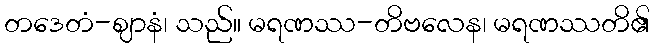
တဒေတံ-ဈာနံ၊ သည်။ မရဏဿ-တိဗလေန၊ မရဏဿတိ၏